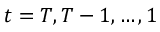
{ t = T , T - 1 , \ldots , 1 }